Civil Veterinary Department Bihar reports 1936-40 - 1936-1940
Year: 1936
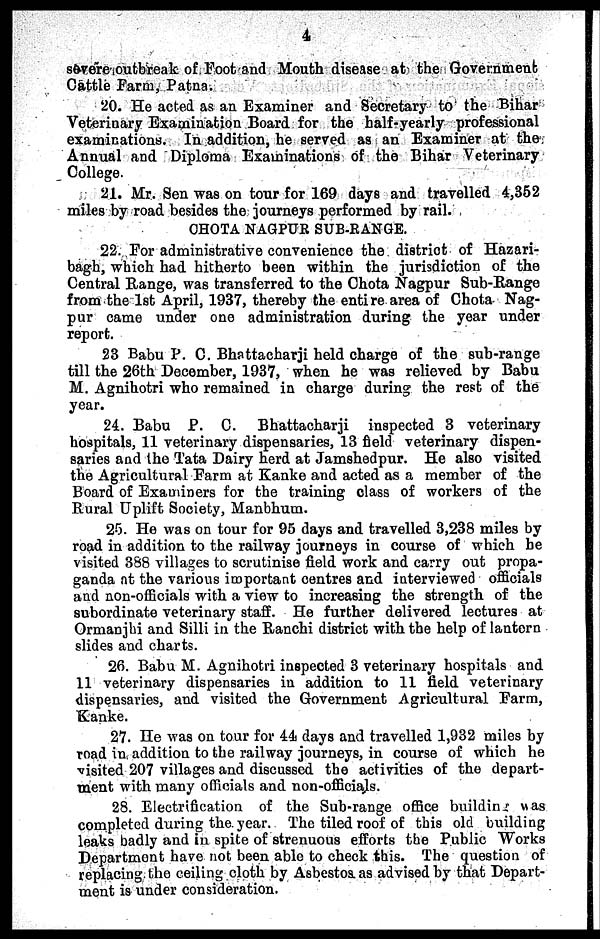
4
severe outbreak of Foot and Mouth disease at the Government
Cattle Farm, Patna.
20. He acted as an Examiner and Secretary to the Bihar
Veterinary Examination Board for the half-yearly professional
examinations. In addition, he served as an Examiner at the
Annual and Diploma Examinations of the Bihar Veterinary
College.
21. Mr. Sen was on tour for 169 days and travelled 4,352
miles by road besides the journeys performed by rail.
CHOTA NAGPUR SUB-RANGE.
22. For administrative convenience the district of Hazari-
bagh, which had hitherto been within the jurisdiction of the
Central Range, was transferred to the Chota Nagpur Sub-Range
from the 1st April, 1937, thereby the entire area of Chota Nag-
pur came under one administration during the year under
report.
23 Babu P. C. Bhattacharji held charge of the sub-range
till the 26th December, 1937, when he was relieved by Babu
M. Agnihotri who remained in charge during the rest of the
year.
24. Babu P. C. Bhattacharji inspected 3 veterinary
hospitals, 11 veterinary dispensaries, 13 field veterinary dispen-
saries and the Tata Dairy herd at Jamshedpur. He also visited
the Agricultural Farm at Kanke and acted as a member of the
Board of Examiners for the training class of workers of the
Rural Uplift Society, Manbhum.
25. He was on tour for 95 days and travelled 3,238 miles by
road in addition to the railway journeys in course of which be
visited 388 villages to scrutinise field work and carry out propa-
ganda at the various important centres and interviewed officials
and non-officials with a view to increasing the strength of the
subordinate veterinary staff. He further delivered lectures at
Ormanjhi and Silli in the Ranchi district with the help of lantern
slides and charts.
26. Babu M. Agnihotri inspected 3 veterinary hospitals and
11 veterinary dispensaries in addition to 11 field veterinary
dispensaries, and visited the Government Agricultural Farm,
Kanke.
27. He was on tour for 44 days and travelled 1,932 miles by
road in addition to the railway journeys, in course of which he
visited 207 villages and discussed the activities of the depart-
ment with many officials and non-officials.
28. Electrification of the Sub-range office building was
completed during the year. The tiled roof of this old building
leaks badly and in spite of strenuous efforts the Public Works
Department have not been able to check this. The question of
replacing the ceiling cloth by Asbestos as advised by that Depart-
ment is under consideration.